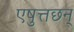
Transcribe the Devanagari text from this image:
एषुत्तछन्